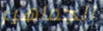
الجماهير